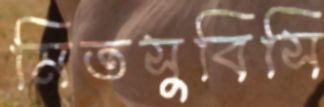
মিতসুবিসি